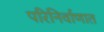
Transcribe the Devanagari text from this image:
परिनिर्वाणात